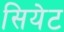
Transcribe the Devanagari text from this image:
सियेट